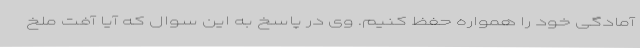
آمادگی خود را همواره حفظ کنیم. وی در پاسخ به این سوال که آیا آفت ملخ